Report of the Lahore Medical School Hospital
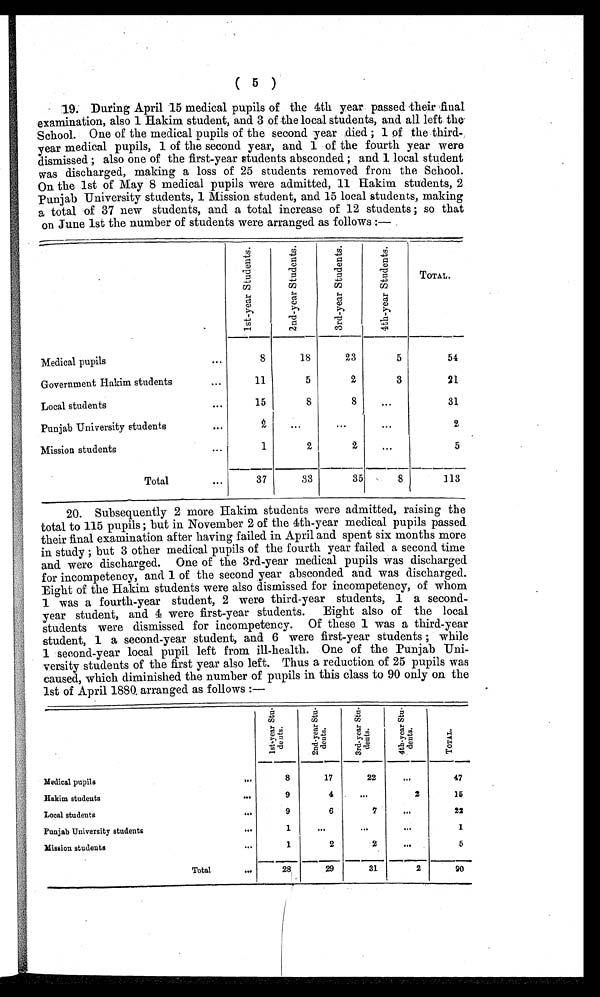
( 5 )
19. During April 15 medical pupils of the 4th year. passed their final
examination, also 1 Hakim student, and. 3 of the local students, and all left the'
School. One of the medical pupils of the second year died ; 1 of the third
year medical pupils, 1 of the second year, and 1 of the fourth year were
dismissed ; also one of the first-year students absconded ; and 1 local student
was discharged, making a loss of 25 students removed from the School.
On the 1st of May 8 medical pupils were admitted, 11 Hakim students, 2
Punjab University students, 1 Mission student, and 15 local students, making
a total of 37 new students, and a total increase of 12 students ; so that
on June 1st the number of students were arranged as follows :—
Medical pupils
Government Hakim students
Local students
PunjabUniversity students
Mission students
Total
•••
1 s t - y e a r S
2 n d - y e a r S t u d e n t s .
3 r d - y e a r S t u d e n
t s .
4 t h - y e a r S t u d e n t s
.
TOTAL.
8
18
2 3
5
5 4
1 1
5
2
3
21
1 5
8
8
•••
31
2
. . .
. . .
...
2
1
2
2
...
5
37
33
35
8
113
20. Subsequently 2 more Hakim students were admitted, raising the
total to 115 pupils ; but in November 2 of the 4th-year medical pupils passed
their final examination after having failed in April and spent six months more
in study ; but 3 other medical pupils of the fourth year failed a second time
and were discharged. One of the 3rd-year medical pupils was discharged
for incompetency, and 1 of the second year absconded and was discharged.
Eight of the Hakim students were also dismissed for incompetency, of whom
1 was a fourth-year student, 2 were third-year students, 1 a second-
year student, and 4 were first-year students. Eight also of the local
students were dismissed for incompetency. Of these 1 was a third-year
student, 1 a second-year student, and 6 were first-year students ; while
1 second-year local pupil left from ill-health. One of the Punjab -Uni-
versity students of the first year also left. Thus a reduction of 25 pupils was
caused, which diminished the number of pupils in this class to 90 only on the
1st of April 1880. arranged as follows :—
2
•
.
Medical pupils
Hakim studeuts
Local students
Punjab University students
Mission students
Total
1 s t - y e a e S t u d e n t s .
2 n d - y e a r S t u d e n t s .
3 r d - y e a r S t u d e n t s .
4 t h - y e a r S t u d e n t s .
T O T A L .
8
17
22
. . .
47
9
4
...
2
15
9
6
7
. . .
22
1
...
. . .
. . .
1
1
2
2
...
5
28
29
31
2
9 0